Bulletin of the Pasteur Institute of Southern India, Coonoor - No. 3.
Year: 1910
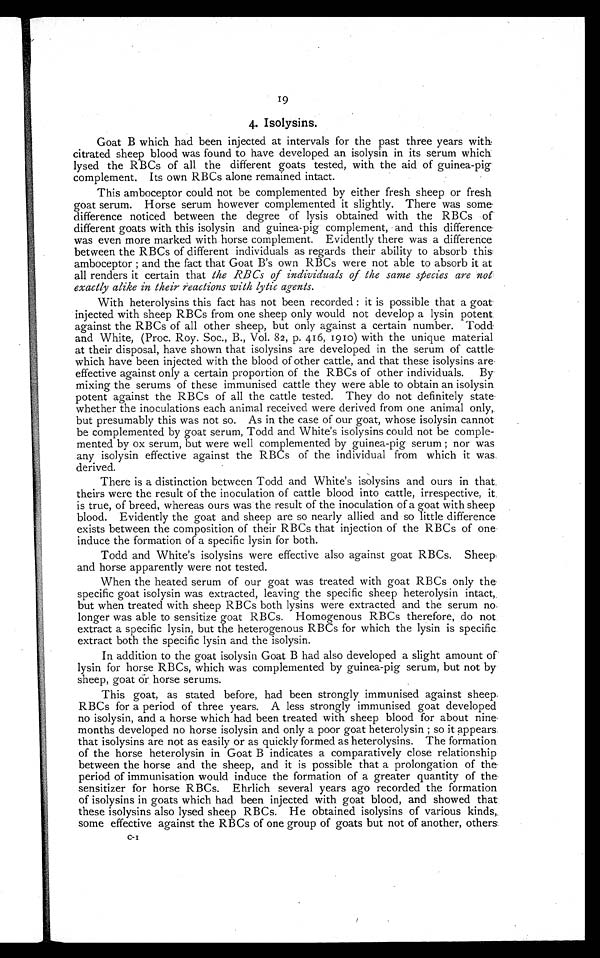
19
4. Isolysins.
Goat B which had been injected at intervals for the past three years with
citrated sheep blood was found to have developed an isolysin in its serum which
lysed the RBCs of all the different goats tested, with the aid of guinea-pig.
complement. Its own RBCs alone remained intact.
This amboceptor could not be complemented by either fresh sheep or fresh
goat serum. Horse serum however complemented it slightly. There was some-
difference noticed between the degree of lysis obtained with the RBCs of
different goats with this isolysin and guinea-pig complement, and this difference
was even more marked with horse complement. Evidently there was a difference
between the RBCs of different individuals as regards their ability to absorb this
amboceptor ; and the fact that Goat B's own RBCs were not able to absorb it at
all renders it certain that the RBCs of individuals of the same species are not
exactly alike in their reactions with lyric agents.
With heterolysins this fact has not been recorded : it is possible that a goat
injected with sheep RBCs from one sheep only would not develop a lysin potent
against the RBCs of all other sheep, but only against a certain number. Todd
and White, (Proc. Roy. Soc., B., Vol. 82, p. 416, 1910) with the unique material
at their disposal, have shown that isolysins are developed in the serum of cattle
which have been injected with the blood of other cattle, and that these isolysins are
effective against only a certain proportion of the RBCs of other individuals. By
mixing the serums of these immunised cattle they were able to obtain an isolysin
potent against the RBCs of all the cattle tested. They do not definitely state
whether the inoculations each animal received were derived from one animal only,
but presumably this was not so. As in the case of our goat, whose isolysin cannot
be complemented by goat serum, Todd and White's isolysins could not be comple-
mented by ox serum, but were well complemented by guinea-pig serum ; nor was
any isolysin effective against the RBCs of the individual from which it was.
derived.
There is a distinction between Todd and White's isolysins and ours in that
theirs were the result of the inoculation of cattle blood into cattle, irrespective, it
is true, of breed, whereas ours was the result of the inoculation of a goat with sheep
blood. Evidently the goat and sheep are so nearly allied and so little difference
exists between the composition of their RBCs that injection of the RBCs of one
induce the formation of a specific lysin for both.
Todd and White's isolysins were effective also against goat RBCs.
S h e e p
and horse apparently were not tested.
When the heated serum of our goat was treated with goat RBCs only the
specific goat isolysin was extracted, leaving the specific sheep heterolysin intact,
but when treated with sheep RBCs both lysins were extracted and the serum no
longer was able to sensitize goat RBCs. Homogenous RBCs therefore, do not
extract a specific lysin, but the heterogenous RBCs for which the lysin is specific
extract both the specific lysin and the isolysin.
In addition to the goat isolysin Goat B had also developed a slight amount of
lysin for horse RBCs, which was comple-mented by guinea-pig serum, but not by
sheep, goat or horse serums.
This goat, as stated before, had been strongly immunised against sheep
RBCs for a period of three years. A less strongly immunised goat developed
no isolysin, and a horse which had been treated with sheep blood for about
n i n e m o n t h s d e v e l o p e d n o h o r s e i s o l y s i n a n d o n l y a p o o r g o a t h e t e r o l y s i n ; s o i t a p p e a r s
that isolysins are not as easily or as quickly formed as heterolysins. The formation
of the horse heterolysin in Goat B indicates a comparatively close relationship
between the horse and the sheep, and it is possible that a prolongation of the
period of immunisation would induce the formation of a greater quantity of the
sensitizer for horse RBCs. Ehrlich several years ago recorded the formation
of isolysins in goats which had been injected with goat blood, and showed that
these isolysins also lysed sheep RBCs. He obtained isolysins of various kinds,
some effective against the RBCs of one group of goats but not of another, others
C-I